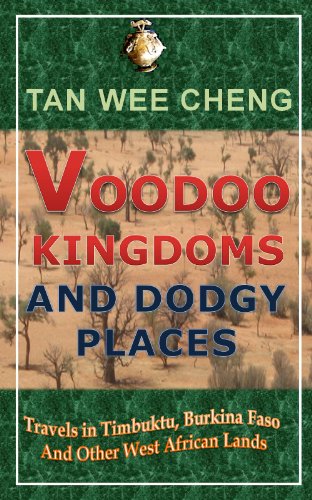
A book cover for Voodoo Kingdoms And Dodgy Places: Travels in Timbuktu, Burkina Faso And Other West African Lands; Wee Cheng Tan; Travel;